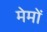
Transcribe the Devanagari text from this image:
मेमों